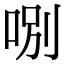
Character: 哵